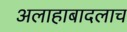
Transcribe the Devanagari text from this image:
अलाहाबादलाच